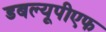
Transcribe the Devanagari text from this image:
डबल्यूपीएफ